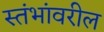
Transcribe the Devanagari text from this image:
स्तंभांवरील